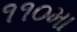
૧૧૦મા